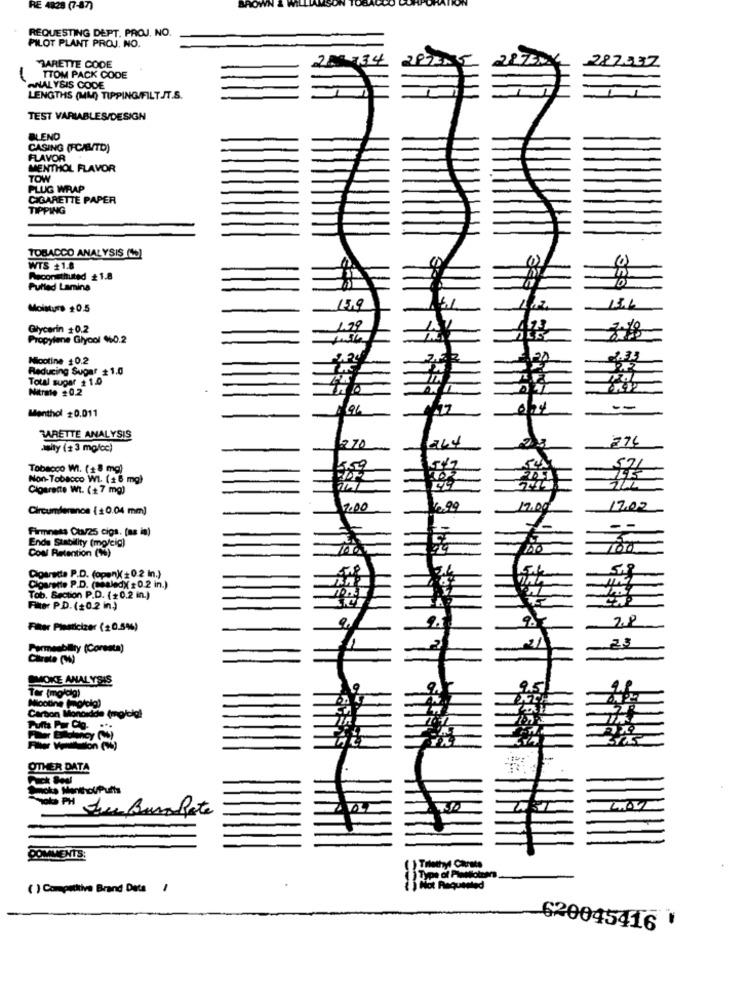
RE 4828 (7-87)
REQUESTING DEPT. PROJ, NO.
PILOT PLANT PROJ. NO.
20 734
TARETTE CODE
293
TTOM PACK CODE
ANALYSIS GODE
LENGTHS (MM) TIPPING/FILT.JT.S.
TEST VARIABLES/DESIGN
BLEND
CASING (FCAUTO)
FLAVOR
MENTHOL FLAVOR
TOW
PLUG WRAP
CIGARETTE PAPER
TIPPING
TOBACCO ANALYSIS (1)
WTS +1.8
Meconsthuted #1.8
Pulled Lamina
15.9
Moisture +0.5
Glycerin +0.2
1.79
Propylene Glycol 60.2
Micotine 40.2
Reducing Sugar +1.0
Total super +1.0
Nitrate 20.2
Menthol #0.011
--
BARETTE ANALYSIS
776
asity (23 mofcc)
Tobacco WI. (18 mg)
Non-Tobacco WI. (16 mg)
Cigarette Wt. (+7 mg)
Circumfernon {$0.04 mm]
7.00
17.00
17.02
Firmness Ct/25 cigs. (as in)
-
-
Ende Stability (mo/cig)
Coal Retention (1%)
160
Cigarette P.D. (open)( 0.2 In.)
Cigarette P.D. (nealed) $ 0.2 in.)
Tab. Section P.D. (+0.2 in.)
Filter P.D. (+0.2 in.)
2.8
Filter Plasticizer (20.5%)
23
Permeability (Corsota)
Carate (M)
SMOKE ANALYSIS
Ter (moldig)
Micoting (motola)
rton Moncadde (mofolgt
OTHER DATA
Soka MentholPutts
- PH
Ju Barahate
COMMENTS:
( ) Competitive Brand Data /
620045416 '